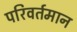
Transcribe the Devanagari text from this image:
परिवर्तमान